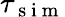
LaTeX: \tau_{\mathrm{~s~i~m~}}